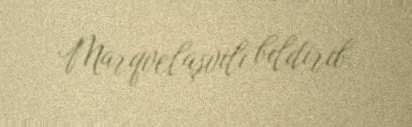
Marqvelaşvili bildirib.